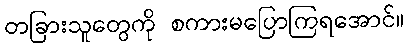
တခြားသူတွေကို စကားမပြောကြရအောင်။